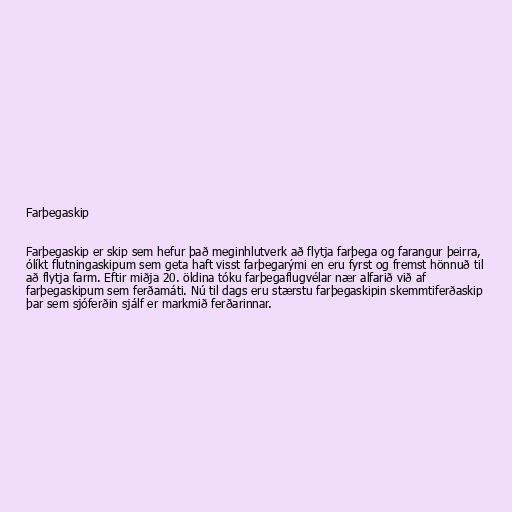
Farþegaskip

Farþegaskip er skip sem hefur það meginhlutverk að flytja farþega og farangur þeirra,
ólíkt flutningaskipum sem geta haft visst farþegarými en eru fyrst og fremst hönnuð til
að flytja farm. Eftir miðja 20. öldina tóku farþegaflugvélar nær alfarið við af
farþegaskipum sem ferðamáti. Nú til dags eru stærstu farþegaskipin skemmtiferðaskip
þar sem sjóferðin sjálf er markmið ferðarinnar.